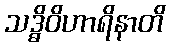
သဒ္ဓိဝိဟာရိနာတိ